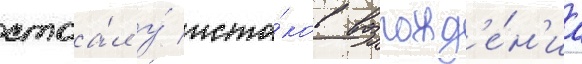
стоа́л у́ исто́ков возрожд'е́н'иа